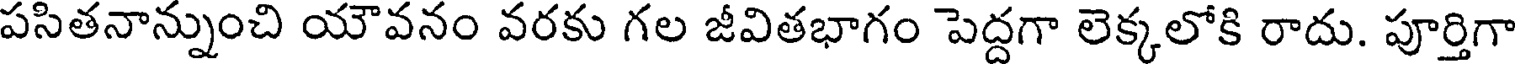
పసితనాన్నుంచి యౌవనం వరకు గల జీవితభాగం పెద్దగా లెక్కలోకి రాదు. పూర్తిగా